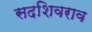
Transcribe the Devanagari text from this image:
सदशिवराव